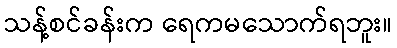
သန့်စင်ခန်းက ရေကမသောက်ရဘူး။